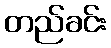
တည်ခင်း